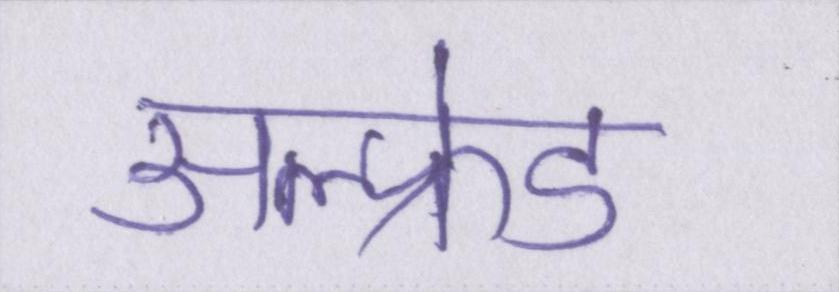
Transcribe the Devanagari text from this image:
अल्फ्रेड